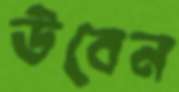
উবেন